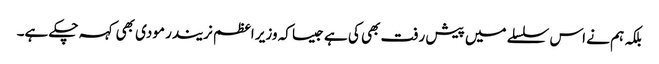
بلکہ ہم نے اس سلسلے میں پیش رفت بھی کی ہے جیسا کہ وزیر اعظم نریندر مودی بھی کہہ چکے ہے۔